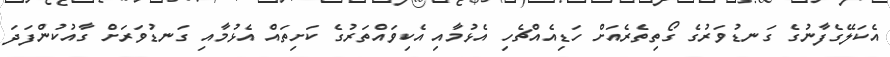
އެކަލޭގެފާނުގެ ގަނޑުވަރުގެ ގޯތިތެރެއަށް ހަޑިއެއްޗެހި އެޅުމާއި އެކިވައްތަރުގެ ކަށިތައް އެޅުމާއި ގަނޑުވަރަށް ގާއުކުންފަދަ